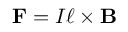
\mathbf { F } = I { \boldsymbol { \ell } } \times \mathbf { B } \,